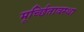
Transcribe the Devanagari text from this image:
मूर्च्छितावस्था